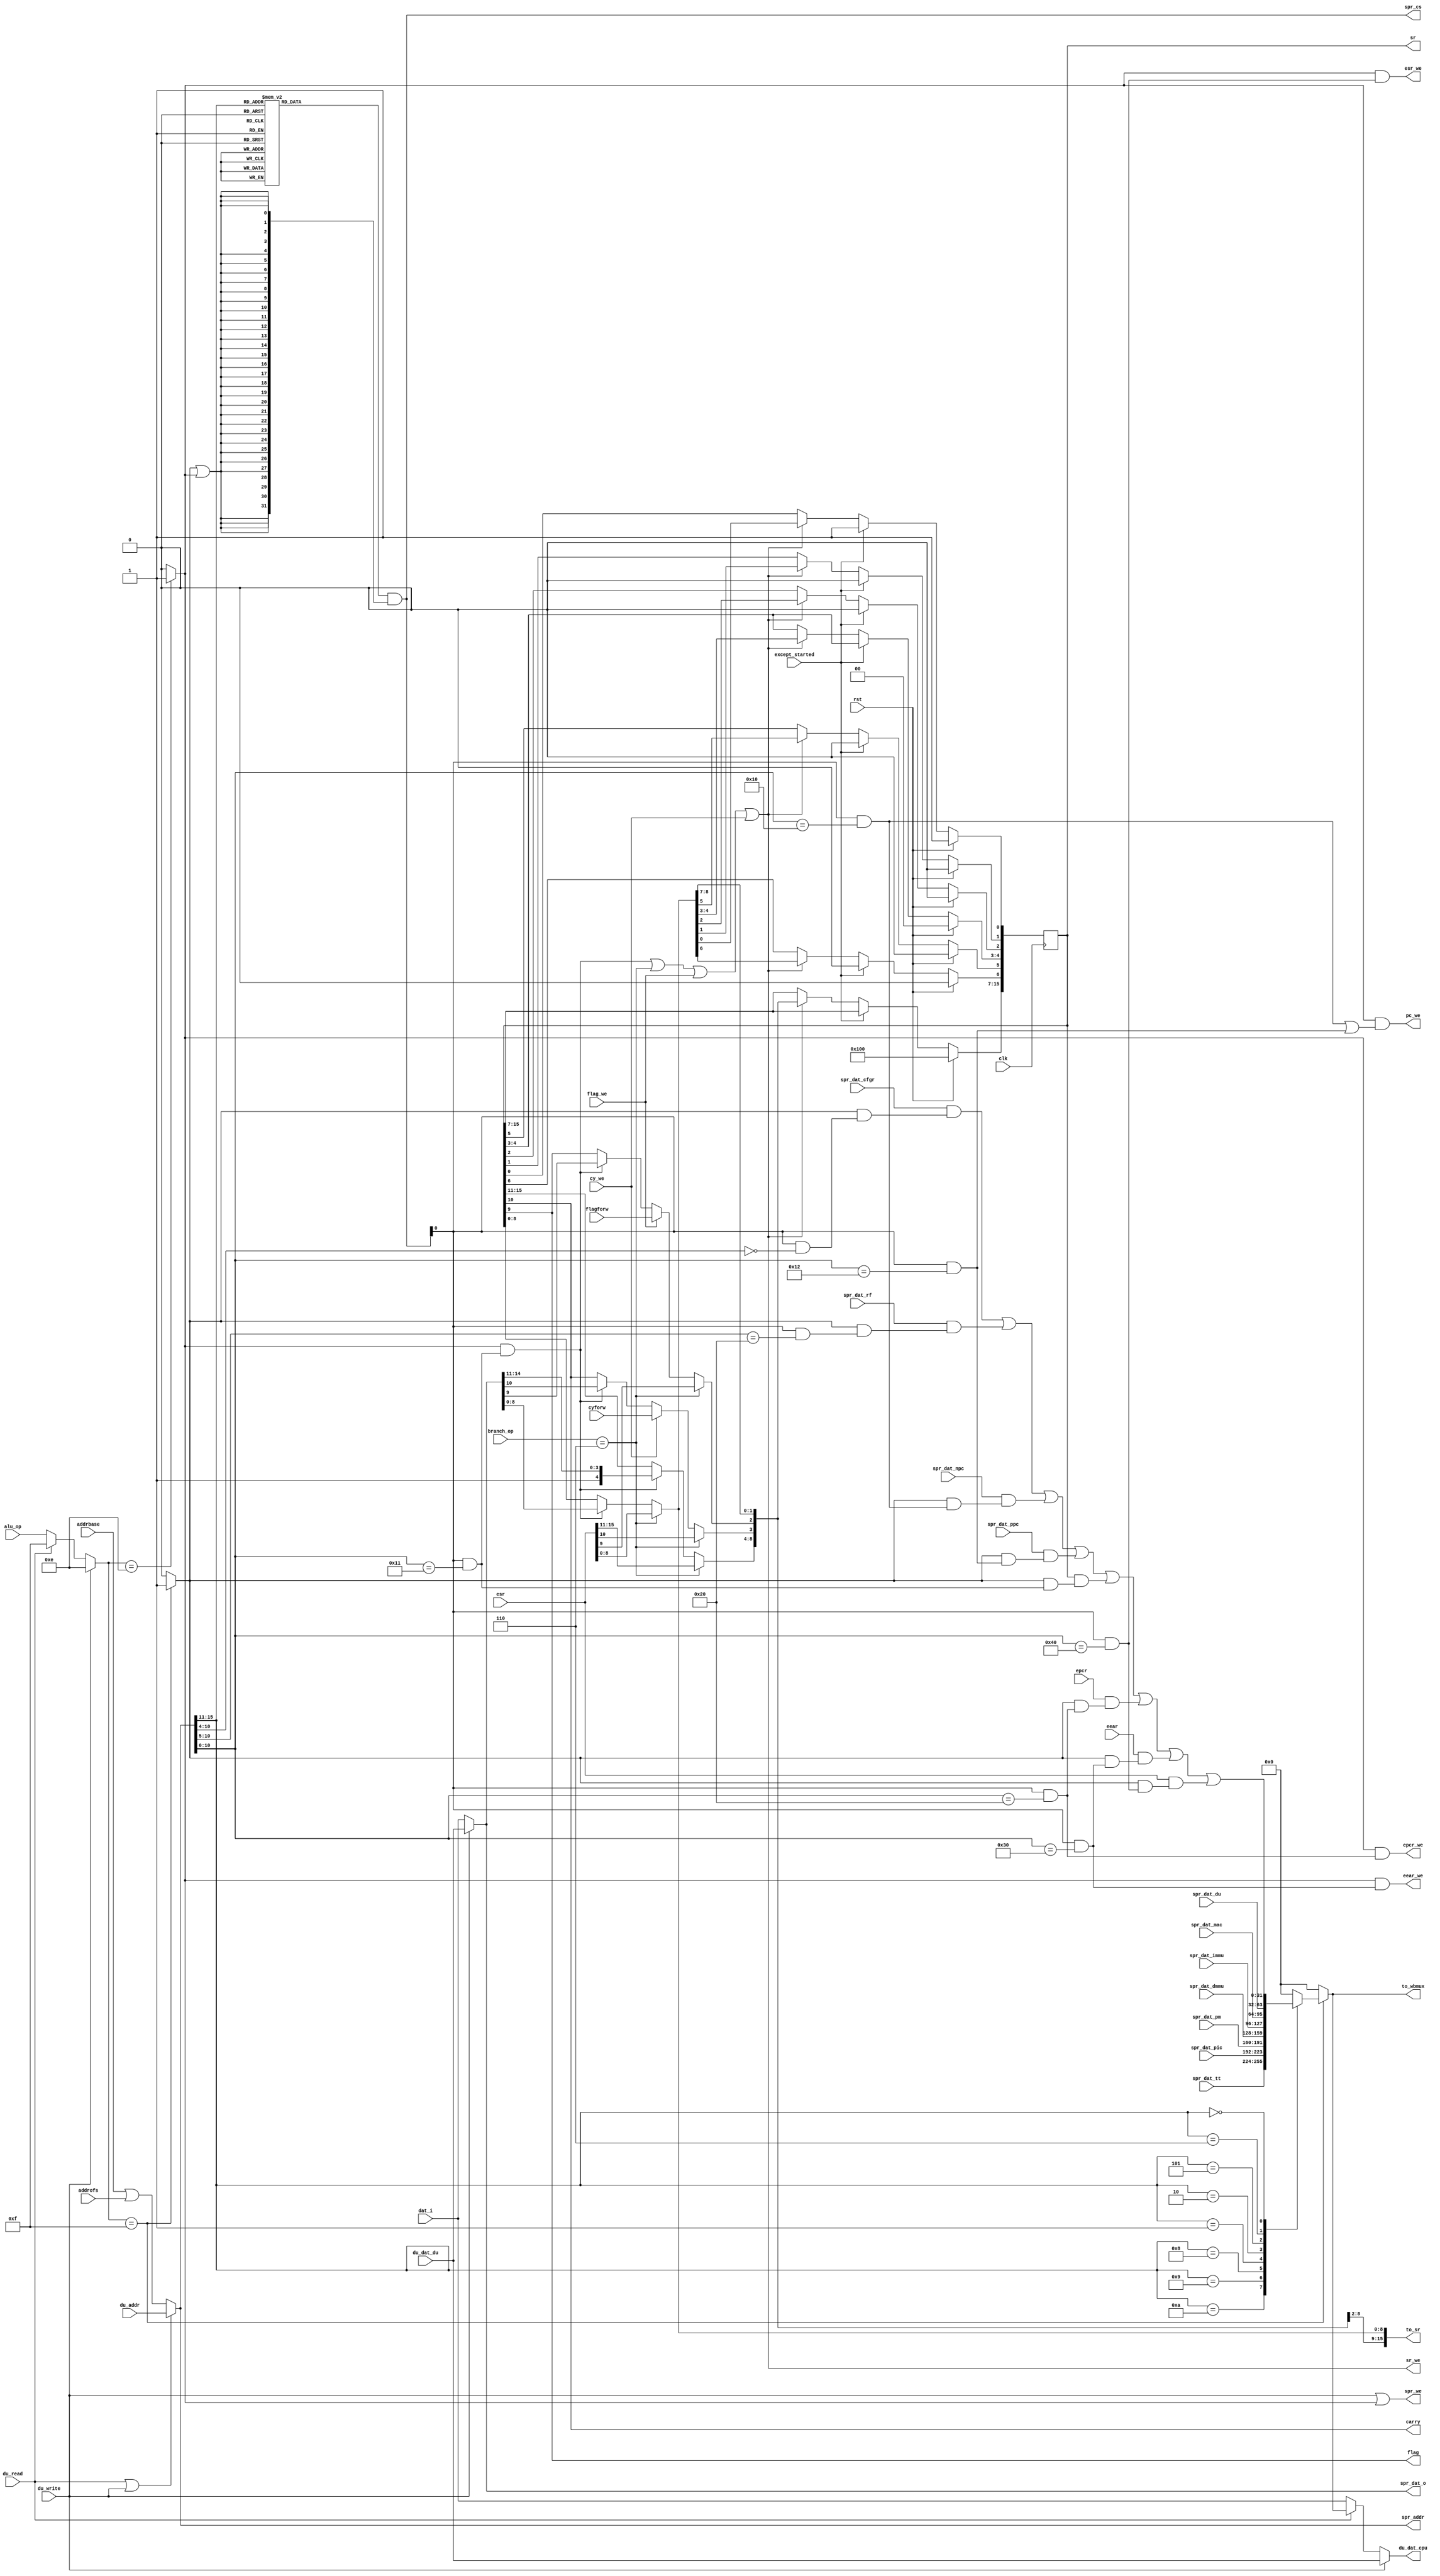
`define OR1200_DCFGR_NDP		3'h0	// Zero DVR/DCR pairs
`define OR1200_DCFGR_WPCI		1'b0	// WP counters not impl.
`define OR1200_DCFGR_RES1		28'h0000000
`define OR1200_M2R_BYTE0 4'b0000
`define OR1200_M2R_BYTE1 4'b0001
`define OR1200_M2R_BYTE2 4'b0010
`define OR1200_M2R_BYTE3 4'b0011
`define OR1200_M2R_EXTB0 4'b0100
`define OR1200_M2R_EXTB1 4'b0101
`define OR1200_M2R_EXTB2 4'b0110
`define OR1200_M2R_EXTB3 4'b0111
`define OR1200_M2R_ZERO  4'b0000
`define OR1200_ICCFGR_NCW		3'h0	// 1 cache way
`define OR1200_ICCFGR_NCS 9	// Num cache sets
`define OR1200_ICCFGR_CBS 9	// 16 byte cache block
`define OR1200_ICCFGR_CWS		1'b0	// Irrelevant
`define OR1200_ICCFGR_CCRI		1'b1	// Cache control reg impl.
`define OR1200_ICCFGR_CBIRI		1'b1	// Cache block inv reg impl.
`define OR1200_ICCFGR_CBPRI		1'b0	// Cache block prefetch reg not impl.
`define OR1200_ICCFGR_CBLRI		1'b0	// Cache block lock reg not impl.
`define OR1200_ICCFGR_CBFRI		1'b1	// Cache block flush reg impl.
`define OR1200_ICCFGR_CBWBRI		1'b0	// Irrelevant
`define OR1200_ICCFGR_RES1		17'h00000
//`define OR1200_ICCFGR_NCW_BITS		2:0
//`define OR1200_ICCFGR_NCS_BITS		6:3
`define OR1200_ICCFGR_CBS_BITS		7
`define OR1200_ICCFGR_CWS_BITS		8
`define OR1200_ICCFGR_CCRI_BITS		9
`define OR1200_ICCFGR_CBIRI_BITS	10
`define OR1200_ICCFGR_CBPRI_BITS	11
`define OR1200_ICCFGR_CBLRI_BITS	12
`define OR1200_ICCFGR_CBFRI_BITS	13
`define OR1200_ICCFGR_CBWBRI_BITS	14
//`define OR1200_ICCFGR_RES1_BITS	31:15
`define OR1200_DCCFGR_NCW		3'h0	// 1 cache way
`define OR1200_DCCFGR_NCS 9	// Num cache sets
`define OR1200_DCCFGR_CBS 9	// 16 byte cache block
`define OR1200_DCCFGR_CWS		1'b0	// Write-through strategy
`define OR1200_DCCFGR_CCRI		1'b1	// Cache control reg impl.
`define OR1200_DCCFGR_CBIRI		1'b1	// Cache block inv reg impl.
`define OR1200_DCCFGR_CBPRI		1'b0	// Cache block prefetch reg not impl.
`define OR1200_DCCFGR_CBLRI		1'b0	// Cache block lock reg not impl.
`define OR1200_DCCFGR_CBFRI		1'b1	// Cache block flush reg impl.
`define OR1200_DCCFGR_CBWBRI		1'b0	// Cache block WB reg not impl.
`define OR1200_DCCFGR_RES1		17'h00000
//`define OR1200_DCCFGR_NCW_BITS		2:0
//`define OR1200_DCCFGR_NCS_BITS		6:3
`define OR1200_DCCFGR_CBS_BITS		7
`define OR1200_DCCFGR_CWS_BITS		8
`define OR1200_DCCFGR_CCRI_BITS		9
`define OR1200_DCCFGR_CBIRI_BITS	10
`define OR1200_DCCFGR_CBPRI_BITS	11
`define OR1200_DCCFGR_CBLRI_BITS	12
`define OR1200_DCCFGR_CBFRI_BITS	13
`define OR1200_DCCFGR_CBWBRI_BITS	14
//`define OR1200_DCCFGR_RES1_BITS	31:15
`define OR1200_IMMUCFGR_NTW		2'h0	// 1 TLB way
`define OR1200_IMMUCFGR_NTS 3'b101	// Num TLB sets
`define OR1200_IMMUCFGR_NAE		3'h0	// No ATB entry
`define OR1200_IMMUCFGR_CRI		1'b0	// No control reg
`define OR1200_IMMUCFGR_PRI		1'b0	// No protection reg
`define OR1200_IMMUCFGR_TEIRI		1'b1	// TLB entry inv reg impl
`define OR1200_IMMUCFGR_HTR		1'b0	// No HW TLB reload
`define OR1200_IMMUCFGR_RES1		20'h00000
//`define OR1200_CPUCFGR_NSGF_BITS	3:0
`define OR1200_CPUCFGR_HGF_BITS	4
`define OR1200_CPUCFGR_OB32S_BITS	5
`define OR1200_CPUCFGR_OB64S_BITS	6
`define OR1200_CPUCFGR_OF32S_BITS	7
`define OR1200_CPUCFGR_OF64S_BITS	8
`define OR1200_CPUCFGR_OV64S_BITS	9
//`define OR1200_CPUCFGR_RES1_BITS	31:10
`define OR1200_CPUCFGR_NSGF		4'h0
`define OR1200_CPUCFGR_HGF		1'b0
`define OR1200_CPUCFGR_OB32S		1'b1
`define OR1200_CPUCFGR_OB64S		1'b0
`define OR1200_CPUCFGR_OF32S		1'b0
`define OR1200_CPUCFGR_OF64S		1'b0
`define OR1200_CPUCFGR_OV64S		1'b0
`define OR1200_CPUCFGR_RES1		22'h000000
`define OR1200_DMMUCFGR_NTW_BITS	1:0
`define OR1200_DMMUCFGR_NTS_BITS	4:2
`define OR1200_DMMUCFGR_NAE_BITS	7:5
`define OR1200_DMMUCFGR_CRI_BITS	8
`define OR1200_DMMUCFGR_PRI_BITS	9
`define OR1200_DMMUCFGR_TEIRI_BITS	10
`define OR1200_DMMUCFGR_HTR_BITS	11
//`define OR1200_DMMUCFGR_RES1_BITS	31:12
`define OR1200_DMMUCFGR_NTW		2'h0	// 1 TLB way
`define OR1200_DMMUCFGR_NTS 3'b110	// Num TLB sets
`define OR1200_DMMUCFGR_NAE		3'h0	// No ATB entries
`define OR1200_DMMUCFGR_CRI		1'b0	// No control register
`define OR1200_DMMUCFGR_PRI		1'b0	// No protection reg
`define OR1200_DMMUCFGR_TEIRI		1'b1	// TLB entry inv reg impl.
`define OR1200_DMMUCFGR_HTR		1'b0	// No HW TLB reload
`define OR1200_DMMUCFGR_RES1		20'h00000
`define OR1200_IMMUCFGR_NTW_BITS	1:0
`define OR1200_IMMUCFGR_NTS_BITS	4:2
`define OR1200_IMMUCFGR_NAE_BITS	7:5
`define OR1200_IMMUCFGR_CRI_BITS	8
`define OR1200_IMMUCFGR_PRI_BITS	9
`define OR1200_IMMUCFGR_TEIRI_BITS	10
`define OR1200_IMMUCFGR_HTR_BITS	11
//`define OR1200_IMMUCFGR_RES1_BITS	31:12
`define OR1200_SPRGRP_SYS_VR		4'h0
`define OR1200_SPRGRP_SYS_UPR		4'h1
`define OR1200_SPRGRP_SYS_CPUCFGR	4'h2
`define OR1200_SPRGRP_SYS_DMMUCFGR	4'h3
`define OR1200_SPRGRP_SYS_IMMUCFGR	4'h4
`define OR1200_SPRGRP_SYS_DCCFGR	4'h5
`define OR1200_SPRGRP_SYS_ICCFGR	4'h6
`define OR1200_SPRGRP_SYS_DCFGR	4'h7
`define OR1200_VR_REV_BITS		5:0
`define OR1200_VR_RES1_BITS		15:6
`define OR1200_VR_CFG_BITS		23:16
`define OR1200_VR_VER_BITS		31:24
`define OR1200_VR_REV			6'h01
`define OR1200_VR_RES1			10'h000
`define OR1200_VR_CFG			8'h00
`define OR1200_VR_VER			8'h12
`define OR1200_UPR_UP_BITS		0
`define OR1200_UPR_DCP_BITS		1
`define OR1200_UPR_ICP_BITS		2
`define OR1200_UPR_DMP_BITS		3
`define OR1200_UPR_IMP_BITS		4
`define OR1200_UPR_MP_BITS		5
`define OR1200_UPR_DUP_BITS		6
`define OR1200_UPR_PCUP_BITS		7
`define OR1200_UPR_PMP_BITS		8
`define OR1200_UPR_PICP_BITS		9
`define OR1200_UPR_TTP_BITS		10
`define OR1200_UPR_RES1_BITS		23:11
`define OR1200_UPR_CUP_BITS		31:24
`define OR1200_UPR_RES1			13'h0000
`define OR1200_UPR_CUP			8'h00
`define OR1200_DU_DSR_WIDTH 14
`define OR1200_EXCEPT_UNUSED		3'hf
`define OR1200_EXCEPT_TRAP		3'he
`define OR1200_EXCEPT_BREAK		3'hd
`define OR1200_EXCEPT_SYSCALL		3'hc
`define OR1200_EXCEPT_RANGE		3'hb
`define OR1200_EXCEPT_ITLBMISS		3'ha
`define OR1200_EXCEPT_DTLBMISS		3'h9
`define OR1200_EXCEPT_INT		3'h8
`define OR1200_EXCEPT_ILLEGAL		3'h7
`define OR1200_EXCEPT_ALIGN		3'h6
`define OR1200_EXCEPT_TICK		3'h5
`define OR1200_EXCEPT_IPF		3'h4
`define OR1200_EXCEPT_DPF		3'h3
`define OR1200_EXCEPT_BUSERR		3'h2
`define OR1200_EXCEPT_RESET		3'h1
`define OR1200_EXCEPT_NONE		3'h0
`define OR1200_OPERAND_WIDTH		32
`define OR1200_REGFILE_ADDR_WIDTH	5
`define OR1200_ALUOP_WIDTH	4
`define OR1200_ALUOP_NOP	4'b000
`define OR1200_ALUOP_ADD	4'b0000
`define OR1200_ALUOP_ADDC	4'b0001
`define OR1200_ALUOP_SUB	4'b0010
`define OR1200_ALUOP_AND	4'b0011
`define OR1200_ALUOP_OR		4'b0100
`define OR1200_ALUOP_XOR	4'b0101
`define OR1200_ALUOP_MUL	4'b0110
`define OR1200_ALUOP_CUST5	4'b0111
`define OR1200_ALUOP_SHROT	4'b1000
`define OR1200_ALUOP_DIV	4'b1001
`define OR1200_ALUOP_DIVU	4'b1010
`define OR1200_ALUOP_IMM	4'b1011
`define OR1200_ALUOP_MOVHI	4'b1100
`define OR1200_ALUOP_COMP	4'b1101
`define OR1200_ALUOP_MTSR	4'b1110
`define OR1200_ALUOP_MFSR	4'b1111
`define OR1200_ALUOP_CMOV 4'b1110
`define OR1200_ALUOP_FF1  4'b1111
`define OR1200_MACOP_WIDTH	2
`define OR1200_MACOP_NOP	2'b00
`define OR1200_MACOP_MAC	2'b01
`define OR1200_MACOP_MSB	2'b10
`define OR1200_SHROTOP_WIDTH	2
`define OR1200_SHROTOP_NOP	2'b00
`define OR1200_SHROTOP_SLL	2'b00
`define OR1200_SHROTOP_SRL	2'b01
`define OR1200_SHROTOP_SRA	2'b10
`define OR1200_SHROTOP_ROR	2'b11
`define OR1200_MULTICYCLE_WIDTH	2
`define OR1200_ONE_CYCLE		2'b00
`define OR1200_TWO_CYCLES		2'b01
`define OR1200_SEL_WIDTH		2
`define OR1200_SEL_RF			2'b00
`define OR1200_SEL_IMM			2'b01
`define OR1200_SEL_EX_FORW		2'b10
`define OR1200_SEL_WB_FORW		2'b11
`define OR1200_BRANCHOP_WIDTH		3
`define OR1200_BRANCHOP_NOP		3'b000
`define OR1200_BRANCHOP_J		3'b001
`define OR1200_BRANCHOP_JR		3'b010
`define OR1200_BRANCHOP_BAL		3'b011
`define OR1200_BRANCHOP_BF		3'b100
`define OR1200_BRANCHOP_BNF		3'b101
`define OR1200_BRANCHOP_RFE		3'b110
`define OR1200_LSUOP_WIDTH		4
`define OR1200_LSUOP_NOP		4'b0000
`define OR1200_LSUOP_LBZ		4'b0010
`define OR1200_LSUOP_LBS		4'b0011
`define OR1200_LSUOP_LHZ		4'b0100
`define OR1200_LSUOP_LHS		4'b0101
`define OR1200_LSUOP_LWZ		4'b0110
`define OR1200_LSUOP_LWS		4'b0111
`define OR1200_LSUOP_LD		4'b0001
`define OR1200_LSUOP_SD		4'b1000
`define OR1200_LSUOP_SB		4'b1010
`define OR1200_LSUOP_SH		4'b1100
`define OR1200_LSUOP_SW		4'b1110
`define OR1200_FETCHOP_WIDTH		1
`define OR1200_FETCHOP_NOP		1'b0
`define OR1200_FETCHOP_LW		1'b1
`define OR1200_RFWBOP_WIDTH		3
`define OR1200_RFWBOP_NOP		3'b000
`define OR1200_RFWBOP_ALU		3'b001
`define OR1200_RFWBOP_LSU		3'b011
`define OR1200_RFWBOP_SPRS		3'b101
`define OR1200_RFWBOP_LR		3'b111
`define OR1200_COP_SFEQ       3'b000
`define OR1200_COP_SFNE       3'b001
`define OR1200_COP_SFGT       3'b010
`define OR1200_COP_SFGE       3'b011
`define OR1200_COP_SFLT       3'b100
`define OR1200_COP_SFLE       3'b101
`define OR1200_COP_X          3'b111
`define OR1200_SIGNED_COMPARE 3'b011
`define OR1200_COMPOP_WIDTH	4
`define OR1200_ITAG_IDLE	4'h0	// idle bus
`define	OR1200_ITAG_NI		4'h1	// normal insn
`define OR1200_ITAG_BE		4'hb	// Bus error exception
`define OR1200_ITAG_PE		4'hc	// Page fault exception
`define OR1200_ITAG_TE		4'hd	// TLB miss exception
`define OR1200_DTAG_IDLE	4'h0	// idle bus
`define	OR1200_DTAG_ND		4'h1	// normal data
`define OR1200_DTAG_AE		4'ha	// Alignment exception
`define OR1200_DTAG_BE		4'hb	// Bus error exception
`define OR1200_DTAG_PE		4'hc	// Page fault exception
`define OR1200_DTAG_TE		4'hd	// TLB miss exception
`define OR1200_DU_DSR_RSTE	0
`define OR1200_DU_DSR_BUSEE	1
`define OR1200_DU_DSR_DPFE	2
`define OR1200_DU_DSR_IPFE	3
`define OR1200_DU_DSR_TTE	4
`define OR1200_DU_DSR_AE	5
`define OR1200_DU_DSR_IIE	6
`define OR1200_DU_DSR_IE	7
`define OR1200_DU_DSR_DME	8
`define OR1200_DU_DSR_IME	9
`define OR1200_DU_DSR_RE	10
`define OR1200_DU_DSR_SCE	11
`define OR1200_DU_DSR_BE	12
`define OR1200_DU_DSR_TE	13
//`define OR1200_SHROTOP_POS		7:6
//`define OR1200_ALUMCYC_POS		9:8
`define OR1200_OR32_J                 6'b000000
`define OR1200_OR32_JAL               6'b000001
`define OR1200_OR32_BNF               6'b000011
`define OR1200_OR32_BF                6'b000100
`define OR1200_OR32_NOP               6'b000101
`define OR1200_OR32_MOVHI             6'b000110
`define OR1200_OR32_XSYNC             6'b001000
`define OR1200_OR32_RFE               6'b001001
`define OR1200_OR32_JR                6'b010001
`define OR1200_OR32_JALR              6'b010010
`define OR1200_OR32_MACI              6'b010011
`define OR1200_OR32_LWZ               6'b100001
`define OR1200_OR32_LBZ               6'b100011
`define OR1200_OR32_LBS               6'b100100
`define OR1200_OR32_LHZ               6'b100101
`define OR1200_OR32_LHS               6'b100110
`define OR1200_OR32_ADDI              6'b100111
`define OR1200_OR32_ADDIC             6'b101000
`define OR1200_OR32_ANDI              6'b101001
`define OR1200_OR32_ORI               6'b101010
`define OR1200_OR32_XORI              6'b101011
`define OR1200_OR32_MULI              6'b101100
`define OR1200_OR32_MFSPR             6'b101101
`define OR1200_OR32_SH_ROTI 	      6'b101110
`define OR1200_OR32_SFXXI             6'b101111
`define OR1200_OR32_MTSPR             6'b110000
`define OR1200_OR32_MACMSB            6'b110001
`define OR1200_OR32_SW                6'b110101
`define OR1200_OR32_SB                6'b110110
`define OR1200_OR32_SH                6'b110111
`define OR1200_OR32_ALU               6'b111000
`define OR1200_OR32_SFXX              6'b111001
`define OR1200_OR32_CUST5             6'b111100
`define OR1200_EXCEPT_EPH0_P 20'h00000
`define OR1200_EXCEPT_EPH1_P 20'hF0000
`define OR1200_EXCEPT_V		   8'h00
`define OR1200_EXCEPT_WIDTH 4
`define OR1200_SPR_GROUP_SYS	5'b00000
`define OR1200_SPR_GROUP_DMMU	5'b00001
`define OR1200_SPR_GROUP_IMMU	5'b00010
`define OR1200_SPR_GROUP_DC	5'b00011
`define OR1200_SPR_GROUP_IC	5'b00100
`define OR1200_SPR_GROUP_MAC	5'b00101
`define OR1200_SPR_GROUP_DU	5'b00110
`define OR1200_SPR_GROUP_PM	5'b01000
`define OR1200_SPR_GROUP_PIC	5'b01001
`define OR1200_SPR_GROUP_TT	5'b01010
`define OR1200_SPR_CFGR		7'b0000000
`define OR1200_SPR_RF		6'b100000	// 1024 >> 5
`define OR1200_SPR_NPC		11'b00000010000
`define OR1200_SPR_SR		11'b00000010001
`define OR1200_SPR_PPC		11'b00000010010
`define OR1200_SPR_EPCR		11'b00000100000
`define OR1200_SPR_EEAR		11'b00000110000
`define OR1200_SPR_ESR		11'b00001000000
`define OR1200_SR_WIDTH 16
`define OR1200_SR_SM   0
`define OR1200_SR_TEE  1
`define OR1200_SR_IEE  2
`define OR1200_SR_DCE  3
`define OR1200_SR_ICE  4
`define OR1200_SR_DME  5
`define OR1200_SR_IME  6
`define OR1200_SR_LEE  7
`define OR1200_SR_CE   8
`define OR1200_SR_F    9
`define OR1200_SR_CY   10	// Unused
`define OR1200_SR_OV   11	// Unused
`define OR1200_SR_OVE  12	// Unused
`define OR1200_SR_DSX  13	// Unused
`define OR1200_SR_EPH  14
`define OR1200_SR_FO   15
`define OR1200_SR_EPH_DEF	1'b0
`define OR1200_PM_PMR_DME 4
`define OR1200_PM_PMR_SME 5
`define OR1200_PM_PMR_DCGE 6
`define OR1200_PM_OFS_PMR 11'b0
`define OR1200_SPRGRP_PM 5'b01000
`define OR1200_PIC_INTS 20
`define OR1200_PIC_OFS_PICMR 2'b00
`define OR1200_PIC_OFS_PICSR 2'b10
`define OR1200_TT_OFS_TTMR 1'b0
`define OR1200_TT_OFS_TTCR 1'b1
`define OR1200_TTOFS_BITS 0
`define OR1200_TT_TTMR_IP 28
`define OR1200_TT_TTMR_IE 29
`define OR1200_MAC_ADDR		0	// MACLO 0xxxxxxxx1, MACHI 0xxxxxxxx0
`define OR1200_MAC_SHIFTBY	0	// 0 = According to arch manual, 28 = obsolete backward compatibility
`define OR1200_DTLB_TM_ADDR	7
`define	OR1200_DTLBMR_V_BITS	0
`define	OR1200_DTLBTR_CC_BITS	0
`define	OR1200_DTLBTR_CI_BITS	1
`define	OR1200_DTLBTR_WBC_BITS	2
`define	OR1200_DTLBTR_WOM_BITS	3
`define	OR1200_DTLBTR_A_BITS	4
`define	OR1200_DTLBTR_D_BITS	5
`define	OR1200_DTLBTR_URE_BITS	6
`define	OR1200_DTLBTR_UWE_BITS	7
`define	OR1200_DTLBTR_SRE_BITS	8
`define	OR1200_DTLBTR_SWE_BITS	9
`define	OR1200_DMMU_PS		13					// 13 for 8KB page size
`define	OR1200_DTLB_INDXW	6							// +5 because of protection bits and CI
`define OR1200_ITLB_TM_ADDR	7
`define	OR1200_ITLBMR_V_BITS	0
`define	OR1200_ITLBTR_CC_BITS	0
`define	OR1200_ITLBTR_CI_BITS	1
`define	OR1200_ITLBTR_WBC_BITS	2
`define	OR1200_ITLBTR_WOM_BITS	3
`define	OR1200_ITLBTR_A_BITS	4
`define	OR1200_ITLBTR_D_BITS	5
`define	OR1200_ITLBTR_SXE_BITS	6
`define	OR1200_ITLBTR_UXE_BITS	7
`define	OR1200_IMMU_PS 13					
`define	OR1200_ITLB_INDXW	6			
`define OR1200_IMMU_CI			1'b0
`define OR1200_ICLS		4
`define OR1200_DCLS		4
// `define OR1200_DC_STORE_REFILL
`define OR1200_DCSIZE			12			// 4096
`define	OR1200_DCTAG_W			21
//`define OR1200_SB_IMPLEMENTED
`define OR1200_SB_LOG		2	// 2 or 3
`define OR1200_SB_ENTRIES	4	// 4 or 8
`define OR1200_QMEM_IADDR	32'h00800000
`define OR1200_QMEM_IMASK	32'hfff00000	// Max QMEM size 1MB
`define OR1200_QMEM_DADDR  32'h00800000
`define OR1200_QMEM_DMASK  32'hfff00000 // Max QMEM size 1MB
//`define OR1200_QMEM_BSEL
//`define OR1200_QMEM_ACK
`define OR1200_SPRGRP_SYS_VR		4'h0
`define OR1200_SPRGRP_SYS_UPR		4'h1
`define OR1200_SPRGRP_SYS_CPUCFGR	4'h2
`define OR1200_SPRGRP_SYS_DMMUCFGR	4'h3
`define OR1200_SPRGRP_SYS_IMMUCFGR	4'h4
`define OR1200_SPRGRP_SYS_DCCFGR	4'h5
`define OR1200_SPRGRP_SYS_ICCFGR	4'h6
`define OR1200_SPRGRP_SYS_DCFGR	4'h7
`define OR1200_VR_REV			6'h01
`define OR1200_VR_RES1			10'h000
`define OR1200_VR_CFG			8'h00
`define OR1200_VR_VER			8'h12
`define OR1200_UPR_UP			1'b1
`define OR1200_UPR_DCP			1'b1
`define OR1200_UPR_ICP			1'b1
`define OR1200_UPR_DMP			1'b1
`define OR1200_UPR_IMP			1'b1
`define OR1200_UPR_MP			1'b1	// MAC always present
`define OR1200_UPR_DUP			1'b1
`define OR1200_UPR_PCUP			1'b0	// Performance counters not present
`define OR1200_UPR_PMP			1'b1
`define OR1200_UPR_PICP			1'b1
`define OR1200_UPR_TTP			1'b1
`define OR1200_UPR_RES1			13'h0000
`define OR1200_UPR_CUP			8'h00
`define OR1200_CPUCFGR_HGF_BITS	4
`define OR1200_CPUCFGR_OB32S_BITS	5
`define OR1200_CPUCFGR_OB64S_BITS	6
`define OR1200_CPUCFGR_OF32S_BITS	7
`define OR1200_CPUCFGR_OF64S_BITS	8
`define OR1200_CPUCFGR_OV64S_BITS	9
`define OR1200_CPUCFGR_NSGF		4'h0
`define OR1200_CPUCFGR_HGF		1'b0
`define OR1200_CPUCFGR_OB32S		1'b1
`define OR1200_CPUCFGR_OB64S		1'b0
`define OR1200_CPUCFGR_OF32S		1'b0
`define OR1200_CPUCFGR_OF64S		1'b0
`define OR1200_CPUCFGR_OV64S		1'b0
`define OR1200_CPUCFGR_RES1		22'h000000
`define OR1200_DMMUCFGR_CRI_BITS	8
`define OR1200_DMMUCFGR_PRI_BITS	9
`define OR1200_DMMUCFGR_TEIRI_BITS	10
`define OR1200_DMMUCFGR_HTR_BITS	11
`define OR1200_DMMUCFGR_NTW		2'h0	// 1 TLB way
`define OR1200_DMMUCFGR_NAE		3'h0	// No ATB entries
`define OR1200_DMMUCFGR_CRI		1'b0	// No control register
`define OR1200_DMMUCFGR_PRI		1'b0	// No protection reg
`define OR1200_DMMUCFGR_TEIRI		1'b1	// TLB entry inv reg impl.
`define OR1200_DMMUCFGR_HTR		1'b0	// No HW TLB reload
`define OR1200_DMMUCFGR_RES1		20'h00000
`define OR1200_IMMUCFGR_CRI_BITS	8
`define OR1200_IMMUCFGR_PRI_BITS	9
`define OR1200_IMMUCFGR_TEIRI_BITS	10
`define OR1200_IMMUCFGR_HTR_BITS	11
`define OR1200_IMMUCFGR_NTW		2'h0	// 1 TLB way
`define OR1200_IMMUCFGR_NAE		3'h0	// No ATB entry
`define OR1200_IMMUCFGR_CRI		1'b0	// No control reg
`define OR1200_IMMUCFGR_PRI		1'b0	// No protection reg
`define OR1200_IMMUCFGR_TEIRI		1'b1	// TLB entry inv reg impl
`define OR1200_IMMUCFGR_HTR		1'b0	// No HW TLB reload
`define OR1200_IMMUCFGR_RES1		20'h00000
`define OR1200_DCCFGR_CBS_BITS		7
`define OR1200_DCCFGR_CWS_BITS		8
`define OR1200_DCCFGR_CCRI_BITS		9
`define OR1200_DCCFGR_CBIRI_BITS	10
`define OR1200_DCCFGR_CBPRI_BITS	11
`define OR1200_DCCFGR_CBLRI_BITS	12
`define OR1200_DCCFGR_CBFRI_BITS	13
`define OR1200_DCCFGR_CBWBRI_BITS	14
`define OR1200_DCCFGR_NCW		3'h0	// 1 cache way
`define OR1200_DCCFGR_CWS		1'b0	// Write-through strategy
`define OR1200_DCCFGR_CCRI		1'b1	// Cache control reg impl.
`define OR1200_DCCFGR_CBIRI		1'b1	// Cache block inv reg impl.
`define OR1200_DCCFGR_CBPRI		1'b0	// Cache block prefetch reg not impl.
`define OR1200_DCCFGR_CBLRI		1'b0	// Cache block lock reg not impl.
`define OR1200_DCCFGR_CBFRI		1'b1	// Cache block flush reg impl.
`define OR1200_DCCFGR_CBWBRI		1'b0	// Cache block WB reg not impl.
`define OR1200_DCCFGR_RES1		17'h00000
`define OR1200_ICCFGR_CBS_BITS		7
`define OR1200_ICCFGR_CWS_BITS		8
`define OR1200_ICCFGR_CCRI_BITS		9
`define OR1200_ICCFGR_CBIRI_BITS	10
`define OR1200_ICCFGR_CBPRI_BITS	11
`define OR1200_ICCFGR_CBLRI_BITS	12
`define OR1200_ICCFGR_CBFRI_BITS	13
`define OR1200_ICCFGR_CBWBRI_BITS	14
`define OR1200_ICCFGR_NCW		3'h0	// 1 cache way
`define OR1200_ICCFGR_CWS		1'b0	// Irrelevant
`define OR1200_ICCFGR_CCRI		1'b1	// Cache control reg impl.
`define OR1200_ICCFGR_CBIRI		1'b1	// Cache block inv reg impl.
`define OR1200_ICCFGR_CBPRI		1'b0	// Cache block prefetch reg not impl.
`define OR1200_ICCFGR_CBLRI		1'b0	// Cache block lock reg not impl.
`define OR1200_ICCFGR_CBFRI		1'b1	// Cache block flush reg impl.
`define OR1200_ICCFGR_CBWBRI		1'b0	// Irrelevant
`define OR1200_ICCFGR_RES1		17'h00000
`define OR1200_DCFGR_WPCI_BITS		3
`define OR1200_DCFGR_NDP		3'h0	// Zero DVR/DCR pairs
`define OR1200_DCFGR_WPCI		1'b0	// WP counters not impl.
`define OR1200_DCFGR_RES1		28'h0000000
`define SIMULATION_MEMORY
`define OR1200_ITAG_IDLE	4'h0	// idle bus
`define	OR1200_ITAG_NI		4'h1	// normal insn
`define OR1200_ITAG_BE		4'hb	// Bus error exception
`define OR1200_ITAG_PE		4'hc	// Page fault exception
`define OR1200_ITAG_TE		4'hd	// TLB miss exception
`define OR1200_BRANCHOP_WIDTH		3
`define OR1200_BRANCHOP_NOP		3'b000
`define OR1200_BRANCHOP_J		3'b001
`define OR1200_BRANCHOP_JR		3'b010
`define OR1200_BRANCHOP_BAL		3'b011
`define OR1200_BRANCHOP_BF		3'b100
`define OR1200_BRANCHOP_BNF		3'b101
`define OR1200_BRANCHOP_RFE		3'b110
`define OR1200_EXCEPT_WIDTH 4
`define OR1200_EXCEPT_EPH0_P 20'h00000
`define OR1200_EXCEPT_EPH1_P 20'hF0000
`define OR1200_EXCEPT_V		   8'h00
`define OR1200_ITAG_IDLE	4'h0	// idle bus
`define	OR1200_ITAG_NI		4'h1	// normal insn
`define OR1200_ITAG_BE		4'hb	// Bus error exception
`define OR1200_ITAG_PE		4'hc	// Page fault exception
`define OR1200_ITAG_TE		4'hd	// TLB miss exception
`define OR1200_OR32_J                 6'b000000
`define OR1200_OR32_JAL               6'b000001
`define OR1200_OR32_BNF               6'b000011
`define OR1200_OR32_BF                6'b000100
`define OR1200_OR32_NOP               6'b000101
`define OR1200_OR32_MOVHI             6'b000110
`define OR1200_OR32_XSYNC             6'b001000
`define OR1200_OR32_RFE               6'b001001
`define OR1200_OR32_JR                6'b010001
`define OR1200_OR32_JALR              6'b010010
`define OR1200_OR32_MACI              6'b010011
`define OR1200_OR32_LWZ               6'b100001
`define OR1200_OR32_LBZ               6'b100011
`define OR1200_OR32_LBS               6'b100100
`define OR1200_OR32_LHZ               6'b100101
`define OR1200_OR32_LHS               6'b100110
`define OR1200_OR32_ADDI              6'b100111
`define OR1200_OR32_ADDIC             6'b101000
`define OR1200_OR32_ANDI              6'b101001
`define OR1200_OR32_ORI               6'b101010
`define OR1200_OR32_XORI              6'b101011
`define OR1200_OR32_MULI              6'b101100
`define OR1200_OR32_MFSPR             6'b101101
`define OR1200_OR32_SH_ROTI 	      6'b101110
`define OR1200_OR32_SFXXI             6'b101111
`define OR1200_OR32_MTSPR             6'b110000
`define OR1200_OR32_MACMSB            6'b110001
`define OR1200_OR32_SW                6'b110101
`define OR1200_OR32_SB                6'b110110
`define OR1200_OR32_SH                6'b110111
`define OR1200_OR32_ALU               6'b111000
`define OR1200_OR32_SFXX              6'b111001
//`define OR1200_OR32_CUST5             6'b111100
`define OR1200_NO_FREEZE	3'b000
`define OR1200_FREEZE_BYDC	3'b001
`define OR1200_FREEZE_BYMULTICYCLE	3'b010
`define OR1200_WAIT_LSU_TO_FINISH	3'b011
`define OR1200_WAIT_IC			3'b100
`define OR1200_EXCEPTFSM_WIDTH 3
`define OR1200_EXCEPTFSM_IDLE	3'b000
`define OR1200_EXCEPTFSM_FLU1 	3'b001
`define OR1200_EXCEPTFSM_FLU2 	3'b010
`define OR1200_EXCEPTFSM_FLU3 	3'b011
`define OR1200_EXCEPTFSM_FLU5 	3'b101
`define OR1200_EXCEPTFSM_FLU4 	3'b100

module or1200_sprs(
		// Clk & Rst
		clk, rst,

		// Internal CPU interface
			addrbase, addrofs, dat_i, alu_op, 
		flagforw, flag_we, flag, cyforw, cy_we, carry,	to_wbmux,
		
		du_addr, du_dat_du, du_read,
		du_write, du_dat_cpu,
		
		spr_addr,spr_dat_pic, spr_dat_tt, spr_dat_pm,
		spr_dat_cfgr, spr_dat_rf, spr_dat_npc, spr_dat_ppc, spr_dat_mac,
		spr_dat_dmmu, spr_dat_immu, spr_dat_du, spr_dat_o, spr_cs, spr_we,
		
		 epcr_we, eear_we,esr_we, pc_we,epcr, eear, esr, except_started,
		
		sr_we, to_sr, sr,branch_op

);

//parameter width = `OR1200_OPERAND_WIDTH;

//
// I/O Ports
//

//
// Internal CPU interface
//
input				clk; 		// Clock
input 				rst;		// Reset
input 				flagforw;	// From ALU
input 				flag_we;	// From ALU
output 				flag;		// SR[F]
input 				cyforw;		// From ALU
input 				cy_we;		// From ALU
output 				carry;		// SR[CY]
input	[`OR1200_OPERAND_WIDTH-1:0] 		addrbase;	// SPR base address
input	[15:0] 			addrofs;	// SPR offset
input	[`OR1200_OPERAND_WIDTH-1:0]		dat_i;		// SPR write data
input	[`OR1200_ALUOP_WIDTH-1:0]	alu_op;		// ALU operation
input	[`OR1200_BRANCHOP_WIDTH-1:0]	branch_op;	// Branch operation
input	[`OR1200_OPERAND_WIDTH-1:0] 		epcr;		// EPCR0
input	[`OR1200_OPERAND_WIDTH-1:0] 		eear;		// EEAR0
input	[`OR1200_SR_WIDTH-1:0] 	esr;		// ESR0
input 				except_started; // Exception was started
output	[`OR1200_OPERAND_WIDTH-1:0]		to_wbmux;	// For l.mfspr
output				epcr_we;	// EPCR0 write enable
output				eear_we;	// EEAR0 write enable
output				esr_we;		// ESR0 write enable
output				pc_we;		// PC write enable
output 				sr_we;		// Write enable SR
output	[`OR1200_SR_WIDTH-1:0]	to_sr;		// Data to SR
output	[`OR1200_SR_WIDTH-1:0]	sr;		// SR
input	[31:0]			spr_dat_cfgr;	// Data from CFGR
input	[31:0]			spr_dat_rf;	// Data from RF
input	[31:0]			spr_dat_npc;	// Data from NPC
input	[31:0]			spr_dat_ppc;	// Data from PPC   
input	[31:0]			spr_dat_mac;	// Data from MAC

//
// To/from other RISC units
//
input	[31:0]			spr_dat_pic;	// Data from PIC
input	[31:0]			spr_dat_tt;	// Data from TT
input	[31:0]			spr_dat_pm;	// Data from PM
input	[31:0]			spr_dat_dmmu;	// Data from DMMU
input	[31:0]			spr_dat_immu;	// Data from IMMU
input	[31:0]			spr_dat_du;	// Data from DU
output	[31:0]			spr_addr;	// SPR Address
output	[31:0]			spr_dat_o;	// Data to unit
output	[31:0]			spr_cs;		// Unit select
output				spr_we;		// SPR write enable

//
// To/from Debug Unit
//
input	[`OR1200_OPERAND_WIDTH-1:0]		du_addr;	// Address
input	[`OR1200_OPERAND_WIDTH-1:0]		du_dat_du;	// Data from DU to SPRS
input				du_read;	// Read qualifier
input				du_write;	// Write qualifier
output	[`OR1200_OPERAND_WIDTH-1:0]		du_dat_cpu;	// Data from SPRS to DU

//
// Internal regs & wires
//
reg	[`OR1200_SR_WIDTH-1:0]		sr;		// SR
reg				write_spr;	// Write SPR
reg				read_spr;	// Read SPR
reg	[`OR1200_OPERAND_WIDTH-1:0]		to_wbmux;	// For l.mfspr
wire				cfgr_sel;	// Select for cfg regs
wire				rf_sel;		// Select for RF
wire				npc_sel;	// Select for NPC
wire				ppc_sel;	// Select for PPC
wire 				sr_sel;		// Select for SR	
wire 				epcr_sel;	// Select for EPCR0
wire 				eear_sel;	// Select for EEAR0
wire 				esr_sel;	// Select for ESR0
wire	[31:0]			sys_data;	// Read data from system SPRs
wire				du_access;	// Debug unit access
wire	[`OR1200_ALUOP_WIDTH-1:0]	sprs_op;	// ALU operation
reg	[31:0]			unqualified_cs;	// Unqualified chip selects

//
// Decide if it is debug unit access
//
assign du_access = du_read | du_write;

//
// Generate sprs opcode
//
assign sprs_op = du_write ? `OR1200_ALUOP_MTSR : du_read ? `OR1200_ALUOP_MFSR : alu_op;

//
// Generate SPR address from base address and offset
// OR from debug unit address
//
assign spr_addr = du_access ? du_addr : addrbase | {16'h0000, addrofs};

//
// SPR is written by debug unit or by l.mtspr
//
assign spr_dat_o = du_write ? du_dat_du : dat_i;

//
// debug unit data input:
//  - write into debug unit SPRs by debug unit itself
//  - read of SPRS by debug unit
//  - write into debug unit SPRs by l.mtspr
//
assign du_dat_cpu = du_write ? du_dat_du : du_read ? to_wbmux : dat_i;

//
// Write into SPRs when l.mtspr
//
assign spr_we = du_write | write_spr;

//
// Qualify chip selects
//
assign spr_cs = unqualified_cs & {{read_spr | write_spr},{read_spr | write_spr},{read_spr | write_spr},{read_spr | write_spr},{read_spr | write_spr},{read_spr | write_spr},{read_spr | write_spr},{read_spr | write_spr},{read_spr | write_spr},{read_spr | write_spr},{read_spr | write_spr},{read_spr | write_spr},{read_spr | write_spr},{read_spr | write_spr},{read_spr | write_spr},{read_spr | write_spr},{read_spr | write_spr},{read_spr | write_spr},{read_spr | write_spr},{read_spr | write_spr},{read_spr | write_spr},{read_spr | write_spr},{read_spr | write_spr},{read_spr | write_spr},{read_spr | write_spr},{read_spr | write_spr},{read_spr | write_spr},{read_spr | write_spr},{read_spr | write_spr},{read_spr | write_spr},{read_spr | write_spr},{read_spr | write_spr}};

//
// Decoding of groups
//
always @(spr_addr)
	case (spr_addr[15:11])	
		5'b00000: unqualified_cs = 32'b00000000000000000000000000000001;
		5'b00001: unqualified_cs = 32'b00000000000000000000000000000010;
		5'b00010: unqualified_cs = 32'b00000000000000000000000000000100;
		5'b00011: unqualified_cs = 32'b00000000000000000000000000001000;
		5'b00100: unqualified_cs = 32'b00000000000000000000000000010000;
		5'b00101: unqualified_cs = 32'b00000000000000000000000000100000;
		5'b00110: unqualified_cs = 32'b00000000000000000000000001000000;
		5'b00111: unqualified_cs = 32'b00000000000000000000000010000000;
		5'b01000: unqualified_cs = 32'b00000000000000000000000100000000;
		5'b01001: unqualified_cs = 32'b00000000000000000000001000000000;
		5'b01010: unqualified_cs = 32'b00000000000000000000010000000000;
		5'b01011: unqualified_cs = 32'b00000000000000000000100000000000;
		5'b01100: unqualified_cs = 32'b00000000000000000001000000000000;
		5'b01101: unqualified_cs = 32'b00000000000000000010000000000000;
		5'b01110: unqualified_cs = 32'b00000000000000000100000000000000;
		5'b01111: unqualified_cs = 32'b00000000000000001000000000000000;
		5'b10000: unqualified_cs = 32'b00000000000000010000000000000000;
		5'b10001: unqualified_cs = 32'b00000000000000100000000000000000;
		5'b10010: unqualified_cs = 32'b00000000000001000000000000000000;
		5'b10011: unqualified_cs = 32'b00000000000010000000000000000000;
		5'b10100: unqualified_cs = 32'b00000000000100000000000000000000;
		5'b10101: unqualified_cs = 32'b00000000001000000000000000000000;
		5'b10110: unqualified_cs = 32'b00000000010000000000000000000000;
		5'b10111: unqualified_cs = 32'b00000000100000000000000000000000;
		5'b11000: unqualified_cs = 32'b00000001000000000000000000000000;
		5'b11001: unqualified_cs = 32'b00000010000000000000000000000000;
		5'b11010: unqualified_cs = 32'b00000100000000000000000000000000;
		5'b11011: unqualified_cs = 32'b00001000000000000000000000000000;
		5'b11100: unqualified_cs = 32'b00010000000000000000000000000000;
		5'b11101: unqualified_cs = 32'b00100000000000000000000000000000;
		5'b11110: unqualified_cs = 32'b01000000000000000000000000000000;
		5'b11111: unqualified_cs = 32'b10000000000000000000000000000000;
	endcase

//
// SPRs System Group
//

//
// What to write into SR
//
assign to_sr[`OR1200_SR_FO:`OR1200_SR_OV] =
		(branch_op == `OR1200_BRANCHOP_RFE) ? esr[`OR1200_SR_FO:`OR1200_SR_OV] :
		(write_spr && sr_sel) ? {1'b1, spr_dat_o[`OR1200_SR_FO-1:`OR1200_SR_OV]}:
		sr[`OR1200_SR_FO:`OR1200_SR_OV];
assign to_sr[`OR1200_SR_CY] =
		(branch_op == `OR1200_BRANCHOP_RFE) ? esr[`OR1200_SR_CY] :
		cy_we ? cyforw :
		(write_spr && sr_sel) ? spr_dat_o[`OR1200_SR_CY] :
		sr[`OR1200_SR_CY];
assign to_sr[`OR1200_SR_F] =
		(branch_op == `OR1200_BRANCHOP_RFE) ? esr[`OR1200_SR_F] :
		flag_we ? flagforw :
		(write_spr && sr_sel) ? spr_dat_o[`OR1200_SR_F] :
		sr[`OR1200_SR_F];
assign to_sr[`OR1200_SR_CE:`OR1200_SR_SM] =
		(branch_op == `OR1200_BRANCHOP_RFE) ? esr[`OR1200_SR_CE:`OR1200_SR_SM] :
		(write_spr && sr_sel) ? spr_dat_o[`OR1200_SR_CE:`OR1200_SR_SM]:
		sr[`OR1200_SR_CE:`OR1200_SR_SM];

//
// Selects for system SPRs
//
assign cfgr_sel = (spr_cs[`OR1200_SPR_GROUP_SYS] && (spr_addr[10:4] == `OR1200_SPR_CFGR));
assign rf_sel = (spr_cs[`OR1200_SPR_GROUP_SYS] && (spr_addr[10:5] == `OR1200_SPR_RF));
assign npc_sel = (spr_cs[`OR1200_SPR_GROUP_SYS] && (spr_addr[10:0] == `OR1200_SPR_NPC));
assign ppc_sel = (spr_cs[`OR1200_SPR_GROUP_SYS] && (spr_addr[10:0] == `OR1200_SPR_PPC));
assign sr_sel = (spr_cs[`OR1200_SPR_GROUP_SYS] && (spr_addr[10:0] == `OR1200_SPR_SR));
assign epcr_sel = (spr_cs[`OR1200_SPR_GROUP_SYS] && (spr_addr[10:0] == `OR1200_SPR_EPCR));
assign eear_sel = (spr_cs[`OR1200_SPR_GROUP_SYS] && (spr_addr[10:0] == `OR1200_SPR_EEAR));
assign esr_sel = (spr_cs[`OR1200_SPR_GROUP_SYS] && (spr_addr[10:0] == `OR1200_SPR_ESR));

//
// Write enables for system SPRs
//
assign sr_we = (write_spr && sr_sel) | (branch_op == `OR1200_BRANCHOP_RFE) | flag_we | cy_we;
assign pc_we = (write_spr && (npc_sel | ppc_sel));
assign epcr_we = (write_spr && epcr_sel);
assign eear_we = (write_spr && eear_sel);
assign esr_we = (write_spr && esr_sel);

//
// Output from system SPRs
//
assign sys_data = (spr_dat_cfgr & {{read_spr & cfgr_sel}}) |
		  (spr_dat_rf & {{read_spr & rf_sel}}) |
		  (spr_dat_npc & {{read_spr & npc_sel}}) |
		  (spr_dat_ppc & {{read_spr & ppc_sel}}) |
		  ({{{16'b0000000000000000}},sr} & {{read_spr & sr_sel}}) |
		  (epcr & {{read_spr & epcr_sel}}) |
		  (eear & {{read_spr & eear_sel}}) |
		  ({{{16'b0000000000000000}},esr} & {{read_spr & esr_sel}});

//
// Flag alias
//
assign flag = sr[`OR1200_SR_F];

//
// Carry alias
//
assign carry = sr[`OR1200_SR_CY];

//
// Supervision register
//
always @(posedge clk)
	if (rst)
		sr <=  {1'b1, `OR1200_SR_EPH_DEF, {{13'b0000000000000}}, 1'b1};
	else if (except_started) begin
		sr[`OR1200_SR_SM]  <=  1'b1;
		sr[`OR1200_SR_TEE] <=  1'b0;
		sr[`OR1200_SR_IEE] <=  1'b0;
		sr[`OR1200_SR_DME] <=  1'b0;
		sr[`OR1200_SR_IME] <=  1'b0;
	end
	else if (sr_we)
		sr <=  to_sr[`OR1200_SR_WIDTH-1:0];

//
// MTSPR/MFSPR interface
//
always @(sprs_op or spr_addr or sys_data or spr_dat_mac or spr_dat_pic or spr_dat_pm or
	spr_dat_dmmu or spr_dat_immu or spr_dat_du or spr_dat_tt) begin
	case (sprs_op)	// synopsys parallel_case
		`OR1200_ALUOP_MTSR : begin
			write_spr = 1'b1;
			read_spr = 1'b0;
			to_wbmux = 32'b00000000000000000000000000000000;
		end
		`OR1200_ALUOP_MFSR : begin
			case (spr_addr[15:11]) // synopsys parallel_case
				`OR1200_SPR_GROUP_TT:
					to_wbmux = spr_dat_tt;
				`OR1200_SPR_GROUP_PIC:
					to_wbmux = spr_dat_pic;
				`OR1200_SPR_GROUP_PM:
					to_wbmux = spr_dat_pm;
				`OR1200_SPR_GROUP_DMMU:
					to_wbmux = spr_dat_dmmu;
				`OR1200_SPR_GROUP_IMMU:
					to_wbmux = spr_dat_immu;
				`OR1200_SPR_GROUP_MAC:
					to_wbmux = spr_dat_mac;
				`OR1200_SPR_GROUP_DU:
					to_wbmux = spr_dat_du;
				`OR1200_SPR_GROUP_SYS:
					to_wbmux = sys_data;
				default:
					to_wbmux = 32'b00000000000000000000000000000000;
			endcase
			write_spr = 1'b0;
			read_spr = 1'b1;
		end
		default : begin
			write_spr = 1'b0;
			read_spr = 1'b0;
			to_wbmux = 32'b00000000000000000000000000000000;
		end
	endcase
end

endmodule